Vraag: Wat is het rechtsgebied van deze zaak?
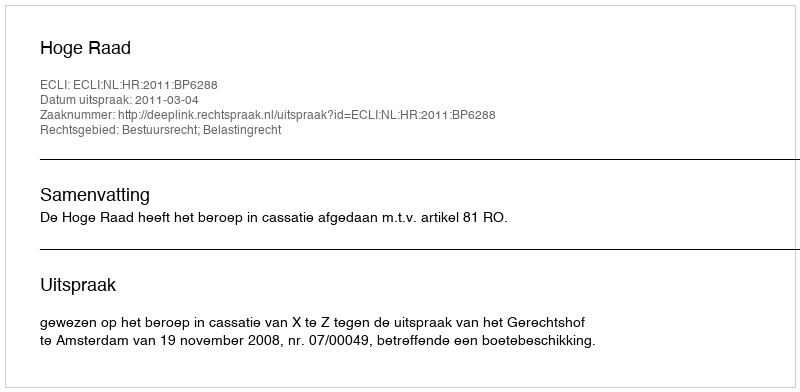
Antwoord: Bestuursrecht; Belastingrecht